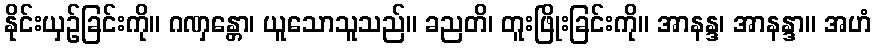
နိုင်းယှဉ်ခြင်းကို။ ဂဏှန္တော၊ ယူသောသူသည်။ ခညတိ၊ တူးဖြိုးခြင်းကို။ အာနန္ဒ၊ အာနန္ဒာ။ အဟံ